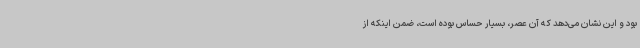
بود و این نشان می‌دهد که آن عصر، بسیار حساس بوده است، ضمن اینکه از